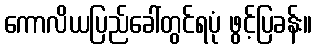
ကောလိယပြည်ခေါ်တွင်ရပုံ ဖွင့်ပြခန်း။